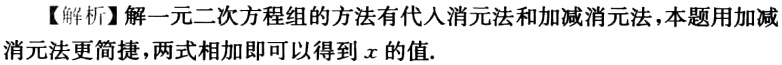
【解析】解一元二次方程组的方法有代入消元法和加减消元法，本题用加减消元法更简捷，两式相加即可以得到\(x\)的值.